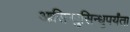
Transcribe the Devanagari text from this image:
आसिन्धुसिन्धुपर्यंता